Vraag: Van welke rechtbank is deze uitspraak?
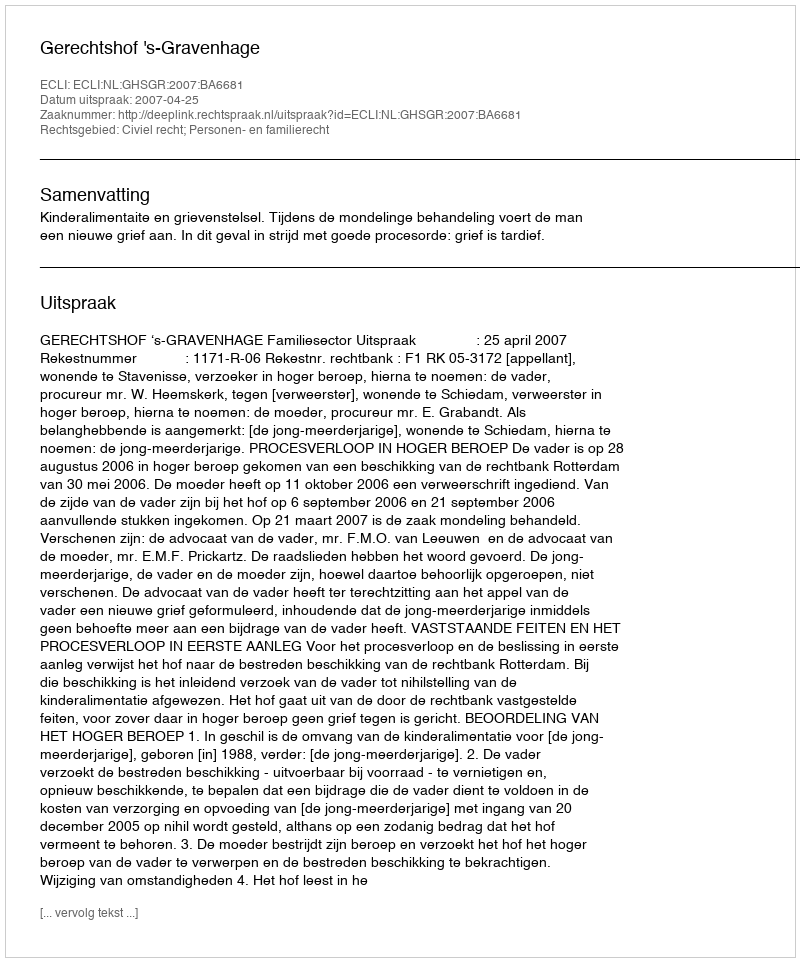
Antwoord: Gerechtshof 's-Gravenhage